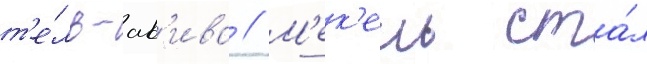
т'е́ль-ав'ива // М'ек'ель ста́л